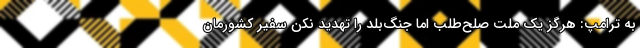
به ترامپ: هرگز یک ملت صلح‌طلب اما جنگ‌بلد را تهدید نکن سفیر کشورمان